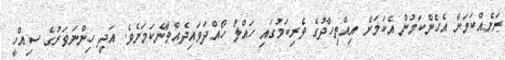
ރަށެއްކަމަށާ އެހެންކަމުން އެކަމަށް އިއްތިހާދުގެ ވެރިކަމުގައި ހައްލު ހޯއްދަވައިދެއްވާނެކަމަށެވެ. އަދި ހިންނަވަރުގެ ސިއްހީ